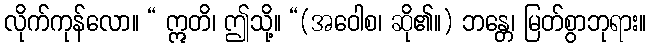
လိုက်ကုန်လော။ “ ဣတိ၊ ဤသို့။ “(အဝေါစ၊ ဆို၏။) ဘန္တေ၊ မြတ်စွာဘုရား။